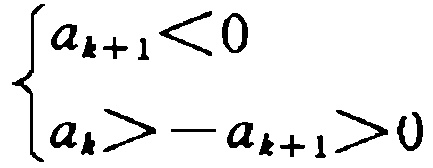
\[\begin{cases}

a_{k + 1} < 0 \\

a_{k} > -a_{k + 1} > 0

\end{cases}\]